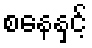
စနေနှင့်